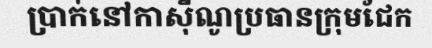
ប្រាក់នៅកាស៊ីណូប្រធានក្រុមជែក